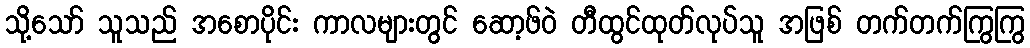
သို့သော် သူသည် အစောပိုင်း ကာလများတွင် ဆော့ဖ်ဝဲ တီထွင်ထုတ်လုပ်သူ အဖြစ် တက်တက်ကြွကြွ